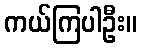
ကယ်ကြပါဦး။